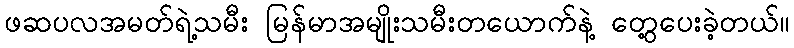
ဖဆပလအမတ်ရဲ့သမီး မြန်မာအမျိုးသမီးတယောက်နဲ့ တွေ့ပေးခဲ့တယ်။